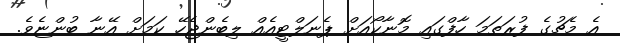
އެ މެޗުގެ ފުރަތަމަ ހާފްގައި މޮނާކޯއަށް ޕެނަލްޓީއެއް ލިބެންޖެހޭ ކަމަށް އޭނާ ބުންޏެވެ.